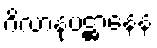
ဂိလာနုပဋ္ဌာနေန